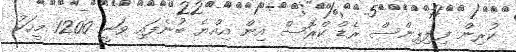
ކުރިން ފިލިޕިންސް ރެޑް ކްރޮސް އިން އިއްޔެ ބުނެފައި ވަނީ 1200 މީހަކު